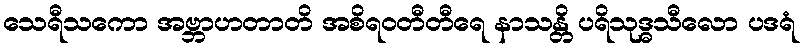
သေရီသကော အဗ္ဘာဟတာတိ အစိရဝတီတီရေ နာသန္တိ ပရိသုဒ္ဓသီလော ပဒရံ